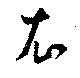
衣